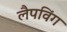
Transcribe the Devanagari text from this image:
लैपविंग